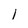
Character: 1